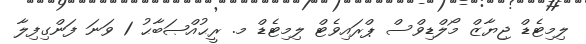
ލިމިޓެޑް ޖިޔާޒް މޯލްޑިވްސް ޕްރައިވެޓް ލިމިޓެޑް މ. ރީޙުއްޞަބާޙު 1 ވަނަ ފަންގިފިލާ